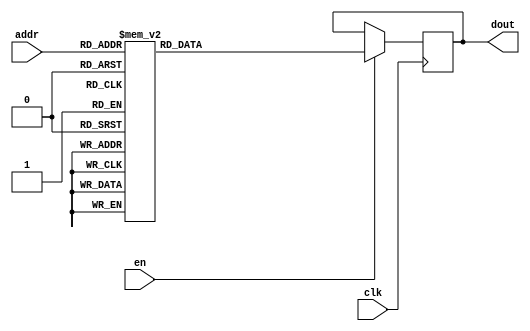
`timescale 1ns / 1ps
/*
Copyright
All right reserved.
Module Name: rom_syn
Author  : Zichuan Liu, Yixing Li and Wenye Liu.
Description:
A synthesized ROM: ROM_DEP x ROM_WID
*/
module EC_4_REF_SOFT_ROM_1(
// inputs
clk,
en,
addr,
// outputs
dout
);
localparam ROM_WID = 14;
localparam ROM_DEP = 256;
localparam ROM_ADDR = 8;
// input definition
input clk;
input en;
input [ROM_ADDR-1:0] addr;
// output definition
output [ROM_WID-1:0] dout;
reg [ROM_WID-1:0] data;
always @(posedge clk)
begin
if (en) begin
case(addr)
		8'd0: data <= 14'b01010101111011;
		8'd1: data <= 14'b01001010101001;
		8'd2: data <= 14'b01001011001110;
		8'd3: data <= 14'b01001011001111;
		8'd4: data <= 14'b01001001111000;
		8'd5: data <= 14'b01001011110101;
		8'd6: data <= 14'b01000110111001;
		8'd7: data <= 14'b01001001101011;
		8'd8: data <= 14'b01001011001111;
		8'd9: data <= 14'b01001001111010;
		8'd10: data <= 14'b01001011010110;
		8'd11: data <= 14'b01001011001101;
		8'd12: data <= 14'b01001010101000;
		8'd13: data <= 14'b01001001110100;
		8'd14: data <= 14'b01001010110111;
		8'd15: data <= 14'b01111111111111;
		8'd16: data <= 14'b01010011000101;
		8'd17: data <= 14'b01001000110111;
		8'd18: data <= 14'b01001011001011;
		8'd19: data <= 14'b01001001111010;
		8'd20: data <= 14'b01001100000000;
		8'd21: data <= 14'b01001011000010;
		8'd22: data <= 14'b01001010010010;
		8'd23: data <= 14'b01001000111000;
		8'd24: data <= 14'b01001010100100;
		8'd25: data <= 14'b01001001011000;
		8'd26: data <= 14'b01001010101111;
		8'd27: data <= 14'b01001011110110;
		8'd28: data <= 14'b01001001100110;
		8'd29: data <= 14'b01001100011010;
		8'd30: data <= 14'b01001010000001;
		8'd31: data <= 14'b01001100100111;
		8'd32: data <= 14'b01001011011010;
		8'd33: data <= 14'b01001010100101;
		8'd34: data <= 14'b01010001110010;
		8'd35: data <= 14'b01001011011111;
		8'd36: data <= 14'b01001011111001;
		8'd37: data <= 14'b01001011010110;
		8'd38: data <= 14'b01001011010110;
		8'd39: data <= 14'b01001100101011;
		8'd40: data <= 14'b01001100001101;
		8'd41: data <= 14'b01001110001100;
		8'd42: data <= 14'b01001011011010;
		8'd43: data <= 14'b01001011100011;
		8'd44: data <= 14'b01001100100011;
		8'd45: data <= 14'b01000111010111;
		8'd46: data <= 14'b01001011011100;
		8'd47: data <= 14'b01001000100001;
		8'd48: data <= 14'b01010101010010;
		8'd49: data <= 14'b01001011110101;
		8'd50: data <= 14'b01001101000001;
		8'd51: data <= 14'b01001100011100;
		8'd52: data <= 14'b01001000110100;
		8'd53: data <= 14'b01001011001101;
		8'd54: data <= 14'b01011110000010;
		8'd55: data <= 14'b01001011111001;
		8'd56: data <= 14'b01001000010010;
		8'd57: data <= 14'b01001001101101;
		8'd58: data <= 14'b01001010111010;
		8'd59: data <= 14'b01001001111110;
		8'd60: data <= 14'b01001010110010;
		8'd61: data <= 14'b01001100011111;
		8'd62: data <= 14'b01001010100011;
		8'd63: data <= 14'b01001000100111;
		8'd64: data <= 14'b01001010101100;
		8'd65: data <= 14'b01001011100011;
		8'd66: data <= 14'b01001101010000;
		8'd67: data <= 14'b01001100101111;
		8'd68: data <= 14'b01001001110101;
		8'd69: data <= 14'b01001101010111;
		8'd70: data <= 14'b01001001010001;
		8'd71: data <= 14'b01001100011110;
		8'd72: data <= 14'b01001010101101;
		8'd73: data <= 14'b01001010111010;
		8'd74: data <= 14'b01001001111100;
		8'd75: data <= 14'b01001010110100;
		8'd76: data <= 14'b01001001010001;
		8'd77: data <= 14'b01001010010100;
		8'd78: data <= 14'b01001001111010;
		8'd79: data <= 14'b01001011110000;
		8'd80: data <= 14'b01001010100000;
		8'd81: data <= 14'b01001010111011;
		8'd82: data <= 14'b01001001011010;
		8'd83: data <= 14'b01001011101101;
		8'd84: data <= 14'b01001011001011;
		8'd85: data <= 14'b01001010011110;
		8'd86: data <= 14'b01001000100101;
		8'd87: data <= 14'b01001011101001;
		8'd88: data <= 14'b01001100010000;
		8'd89: data <= 14'b01001011111100;
		8'd90: data <= 14'b01001010110110;
		8'd91: data <= 14'b01001011100010;
		8'd92: data <= 14'b01001010010000;
		8'd93: data <= 14'b01001011110101;
		8'd94: data <= 14'b01011000001010;
		8'd95: data <= 14'b01001011010101;
		8'd96: data <= 14'b01001010000111;
		8'd97: data <= 14'b01001100000000;
		8'd98: data <= 14'b01001010110101;
		8'd99: data <= 14'b01001010110110;
		8'd100: data <= 14'b01001100011101;
		8'd101: data <= 14'b01001001011011;
		8'd102: data <= 14'b01001010101101;
		8'd103: data <= 14'b01001011000000;
		8'd104: data <= 14'b01001001001010;
		8'd105: data <= 14'b01001010100111;
		8'd106: data <= 14'b01001100001100;
		8'd107: data <= 14'b01001001011100;
		8'd108: data <= 14'b01001011100110;
		8'd109: data <= 14'b01001100100110;
		8'd110: data <= 14'b01001000111100;
		8'd111: data <= 14'b01001010111111;
		8'd112: data <= 14'b01001010010111;
		8'd113: data <= 14'b01001001111110;
		8'd114: data <= 14'b01010000110100;
		8'd115: data <= 14'b01001010011101;
		8'd116: data <= 14'b01010100111001;
		8'd117: data <= 14'b01001010011111;
		8'd118: data <= 14'b01001100001101;
		8'd119: data <= 14'b01000111101110;
		8'd120: data <= 14'b01001001110111;
		8'd121: data <= 14'b01001010100110;
		8'd122: data <= 14'b01001011111100;
		8'd123: data <= 14'b01001011010000;
		8'd124: data <= 14'b01001100100100;
		8'd125: data <= 14'b01001010001100;
		8'd126: data <= 14'b01001010001010;
		8'd127: data <= 14'b01001010110001;
		8'd128: data <= 14'b01001011110000;
		8'd129: data <= 14'b01001010011011;
		8'd130: data <= 14'b01001011100000;
		8'd131: data <= 14'b01001011001001;
		8'd132: data <= 14'b01001011011000;
		8'd133: data <= 14'b01000111111010;
		8'd134: data <= 14'b01001011000011;
		8'd135: data <= 14'b01001011010110;
		8'd136: data <= 14'b01001011011101;
		8'd137: data <= 14'b01001011010011;
		8'd138: data <= 14'b01001010001111;
		8'd139: data <= 14'b01001000111000;
		8'd140: data <= 14'b01001011011101;
		8'd141: data <= 14'b01001100000001;
		8'd142: data <= 14'b01001100011001;
		8'd143: data <= 14'b01001010110101;
		8'd144: data <= 14'b01010111011001;
		8'd145: data <= 14'b01001010100101;
		8'd146: data <= 14'b01001011001100;
		8'd147: data <= 14'b01001100000001;
		8'd148: data <= 14'b01001100000010;
		8'd149: data <= 14'b01001011100111;
		8'd150: data <= 14'b01001100001000;
		8'd151: data <= 14'b01001011111000;
		8'd152: data <= 14'b01001010010011;
		8'd153: data <= 14'b01010101001011;
		8'd154: data <= 14'b01001001110111;
		8'd155: data <= 14'b01001010100101;
		8'd156: data <= 14'b01001010111111;
		8'd157: data <= 14'b01001011000011;
		8'd158: data <= 14'b01001100111010;
		8'd159: data <= 14'b01001010101101;
		8'd160: data <= 14'b01001011100111;
		8'd161: data <= 14'b01001101100101;
		8'd162: data <= 14'b01001001110000;
		8'd163: data <= 14'b01001010111010;
		8'd164: data <= 14'b01001011010100;
		8'd165: data <= 14'b01001011001000;
		8'd166: data <= 14'b01001001101100;
		8'd167: data <= 14'b01001011111110;
		8'd168: data <= 14'b01001011101010;
		8'd169: data <= 14'b01001011100000;
		8'd170: data <= 14'b01001010100111;
		8'd171: data <= 14'b01001011001110;
		8'd172: data <= 14'b01001001011100;
		8'd173: data <= 14'b01001001010101;
		8'd174: data <= 14'b01001100110010;
		8'd175: data <= 14'b01001011100110;
		8'd176: data <= 14'b01001010010000;
		8'd177: data <= 14'b01001001101100;
		8'd178: data <= 14'b01001011010011;
		8'd179: data <= 14'b01001100011111;
		8'd180: data <= 14'b01001011001100;
		8'd181: data <= 14'b01001001101010;
		8'd182: data <= 14'b01001100000010;
		8'd183: data <= 14'b01001100001000;
		8'd184: data <= 14'b01010111001011;
		8'd185: data <= 14'b01001010100000;
		8'd186: data <= 14'b01001010010010;
		8'd187: data <= 14'b01001100101001;
		8'd188: data <= 14'b01001010100101;
		8'd189: data <= 14'b01001011110100;
		8'd190: data <= 14'b01001100000100;
		8'd191: data <= 14'b01001010000000;
		8'd192: data <= 14'b01001100101011;
		8'd193: data <= 14'b01001011010010;
		8'd194: data <= 14'b01001011011000;
		8'd195: data <= 14'b01001011000011;
		8'd196: data <= 14'b01001100010100;
		8'd197: data <= 14'b01000111100111;
		8'd198: data <= 14'b01001011100000;
		8'd199: data <= 14'b01001100011000;
		8'd200: data <= 14'b01001011000000;
		8'd201: data <= 14'b01001011001000;
		8'd202: data <= 14'b01010101101100;
		8'd203: data <= 14'b01001010100111;
		8'd204: data <= 14'b01001100101001;
		8'd205: data <= 14'b01001011000011;
		8'd206: data <= 14'b01001011110111;
		8'd207: data <= 14'b01001011100111;
		8'd208: data <= 14'b01001001011011;
		8'd209: data <= 14'b01001001111010;
		8'd210: data <= 14'b01001100000001;
		8'd211: data <= 14'b01001001101011;
		8'd212: data <= 14'b01001011101010;
		8'd213: data <= 14'b01001010111110;
		8'd214: data <= 14'b01001100111100;
		8'd215: data <= 14'b01001010101000;
		8'd216: data <= 14'b01001011001101;
		8'd217: data <= 14'b01110101110101;
		8'd218: data <= 14'b01001011100011;
		8'd219: data <= 14'b01001100100111;
		8'd220: data <= 14'b01001010001111;
		8'd221: data <= 14'b01001010110001;
		8'd222: data <= 14'b01001010011010;
		8'd223: data <= 14'b01001010000010;
		8'd224: data <= 14'b01001011000000;
		8'd225: data <= 14'b01001010000011;
		8'd226: data <= 14'b01001011101010;
		8'd227: data <= 14'b01001011110010;
		8'd228: data <= 14'b01001001000010;
		8'd229: data <= 14'b01001011011010;
		8'd230: data <= 14'b01001001010111;
		8'd231: data <= 14'b01001011010100;
		8'd232: data <= 14'b01001011101001;
		8'd233: data <= 14'b01001010110101;
		8'd234: data <= 14'b01010101110010;
		8'd235: data <= 14'b01001010010110;
		8'd236: data <= 14'b01001001101011;
		8'd237: data <= 14'b01001100101001;
		8'd238: data <= 14'b01001010100101;
		8'd239: data <= 14'b01011011111011;
		8'd240: data <= 14'b01001011001011;
		8'd241: data <= 14'b01001011100010;
		8'd242: data <= 14'b01001011001100;
		8'd243: data <= 14'b01001001111111;
		8'd244: data <= 14'b01001010100001;
		8'd245: data <= 14'b01001010101111;
		8'd246: data <= 14'b01001011101100;
		8'd247: data <= 14'b01001010000100;
		8'd248: data <= 14'b01001011001000;
		8'd249: data <= 14'b01001000101001;
		8'd250: data <= 14'b01100010100000;
		8'd251: data <= 14'b01001011000001;
		8'd252: data <= 14'b01001001100010;
		8'd253: data <= 14'b01001010010101;
		8'd254: data <= 14'b01001010011010;
		8'd255: data <= 14'b01001011000100;
		endcase
		end
	end
	assign dout = data;
endmodule